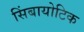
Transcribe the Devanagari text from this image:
सिंबायोटिक